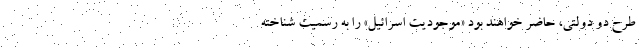
طرح دو دولتی، حاضر خواهند بود «موجودیت اسرائیل» را به رسمیت شناخته